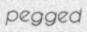
pegged